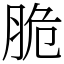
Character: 脆